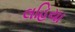
લહિયા